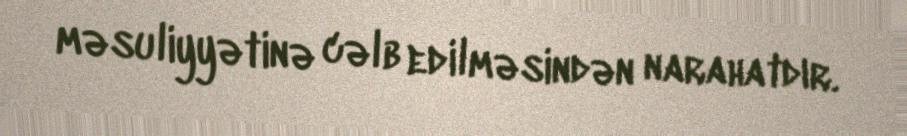
məsuliyyətinə cəlb edilməsindən narahatdır.